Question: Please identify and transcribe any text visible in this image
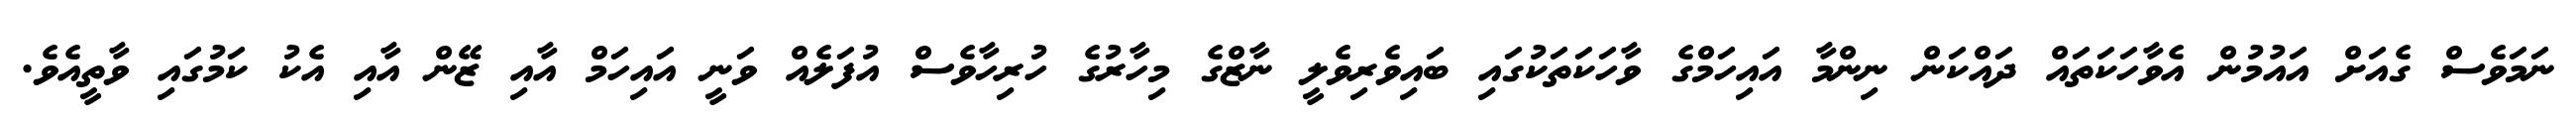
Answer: ނަމަވެސް ގެއަށް އައުމުން އެވާހަކަތައް ދައްކަން ނިންމާ އައިހަމްގެ ވާހަކަތަކުގައި ބައިވެރިވެލީ ނާޒްގެ މިހާރުގެ ހުރިހާވެސް އުފަލެއް ވަނީ އައިހަމް އާއި ޒޭން އާއި އެކު ކަމުގައި ވާތީއެވެ.